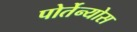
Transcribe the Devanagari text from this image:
पोर्तेन्योस